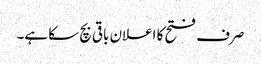
صرف فتح کا اعلان باقی بچ سکا ہے۔